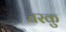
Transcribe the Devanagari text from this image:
चरकु